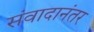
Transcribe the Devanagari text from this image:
संवादानंतर